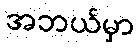
အဘယ်မှာ